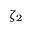
\zeta _ { 2 }